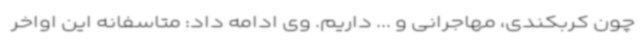
چون کربکندی، مهاجرانی و ... داریم. وی ادامه داد: متاسفانه این اواخر